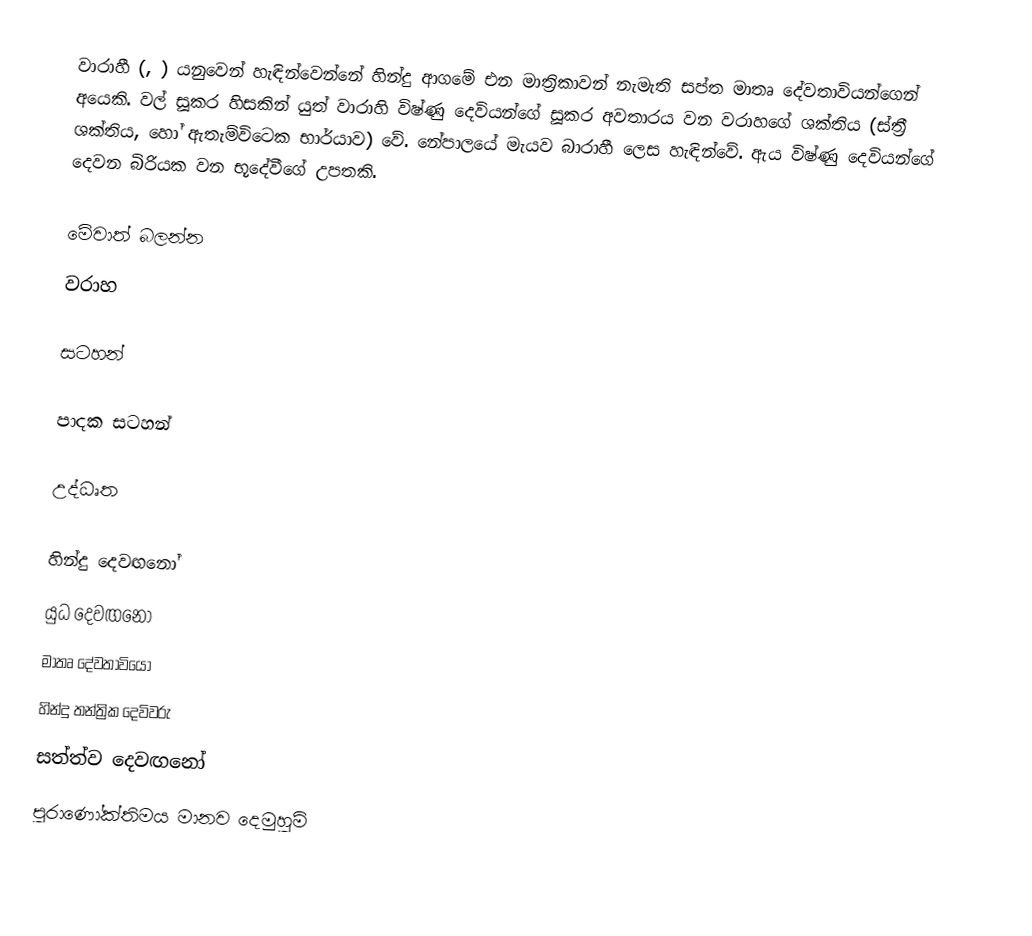
වාරාහී (, ) යනුවෙන් හැඳින්වෙන්නේ හින්දු ආගමේ එන මාත්‍රිකාවන් නැමැති සප්ත මාතෘ දේවතාවියන්ගෙන් අයෙකි. වල් සූකර හිසකින් යුත් වාරාහි විෂ්ණු දෙවියන්ගේ සූකර අවතාරය වන වරාහගේ ශක්තිය (ස්ත්‍රී ශක්තිය, හෝ ඇතැම්විටෙක භාර්යාව) වේ. නේපාලයේ මැයව බාරාහී ලෙස හැඳින්වේ. ඇය විෂ්ණු දෙවියන්ගේ දෙවන බිරියක වන භූදේවීගේ උපතකි.

මේවාත් බලන්න
 වරාහ

සටහන්

පාදක සටහන්

උද්ධෘත

හින්දු දෙවඟනෝ
යුධ දෙවඟනෝ
මාතෘ දේවතාවියෝ
හින්දු තන්ත්‍රික දෙවිවරු
සත්ත්ව දෙවඟනෝ
පුරාණෝක්තිමය මානව දෙමුහුම්